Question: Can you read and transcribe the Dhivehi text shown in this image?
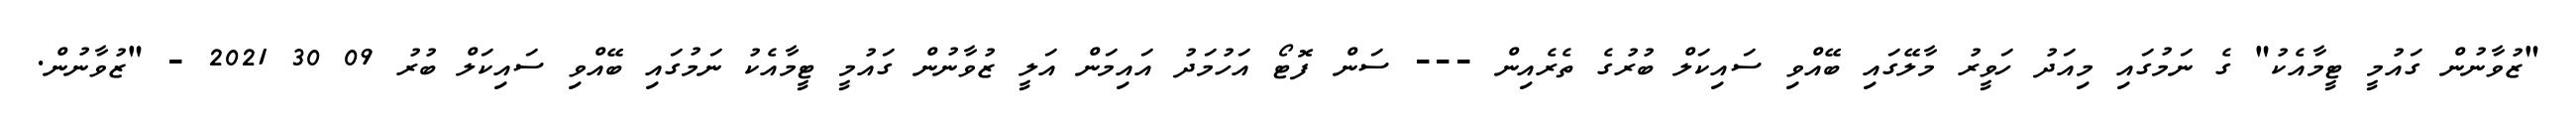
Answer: "ޒުވާނުން ގައުމީ ޓީމާއެކު" ގެ ނަމުގައި މިއަދު ހަވީރު މާލޭގައި ބޭއްވި ސައިކަލް ބުރުގެ ތެރެއިން --- ސަން ފޮޓޯ އަހުމަދު އައިމަން އަލީ ޒުވާނުން ގައުމީ ޓީމާއެކު ނަމުގައި ބޭއްވި ސައިކަލް ބުރު 09 30 2021 - "ޒުވާނުން.